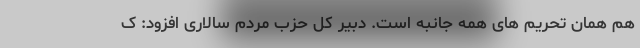
هم همان تحریم های همه جانبه است. دبیر کل حزب مردم سالاری افزود: ک